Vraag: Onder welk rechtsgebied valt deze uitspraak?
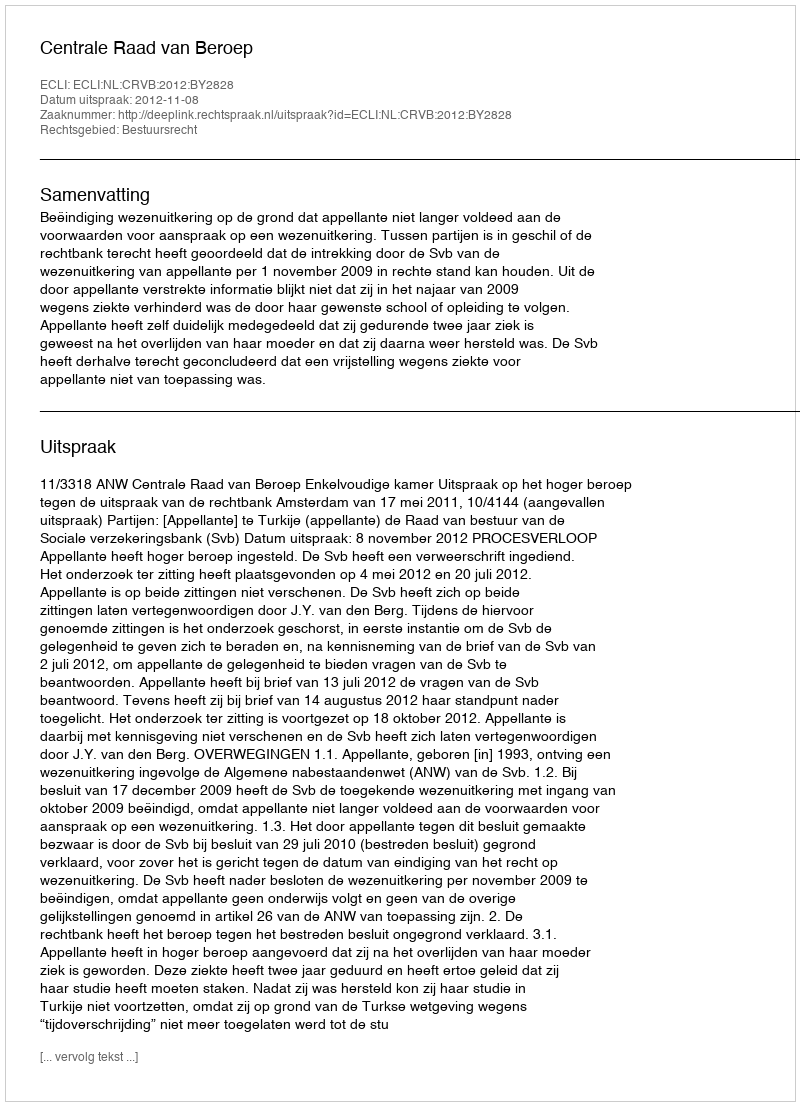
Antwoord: Bestuursrecht